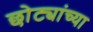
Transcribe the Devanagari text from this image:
छोट्यांच्या